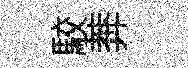
駮莾